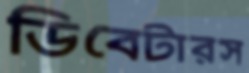
ডিবেটারস